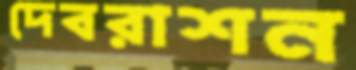
দেবরাশন